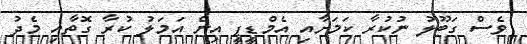
ވެސް ގަބޫލު ނުކުރާ ކަމަށާއި އެމްޑީޕީ އިން އަމަލު ކުރާ ގޮތާއި މެދު